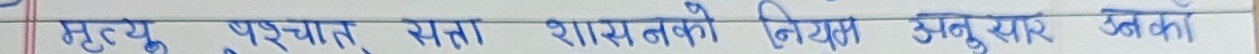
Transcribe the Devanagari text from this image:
मृत्यु पश्चात् सत्ता शासकको नियम अनुसार बनेको